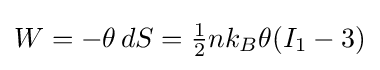
W=-\theta \,dS={\tfrac {1}{2}}nk_{B}\theta (I_{1}-3)